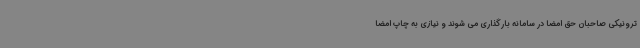
ترونیکی صاحبان حق امضا در سامانه بارگذاری می شوند و نیازی به چاپ امضا